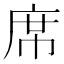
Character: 席